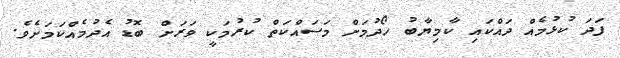
ފަދަ ކުޅުމެއް ދައްކައި ކާމިޔާބު ހޯދުމަށް މަސައްކަތް ކުރުމަކީ ވަރަށް ބޮޑު އެދުމެއްކަމަށެވެ.